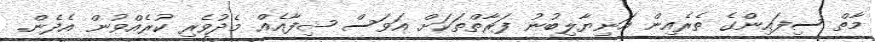
މާތް ސިފައިންގެ ތެރެއިން އަނިޔާލިބުނު ފަރާތްތަކަށް އަވަސް ޝިފާއެއް މެދުވެރި ކުރެއްވުން އެދެން.